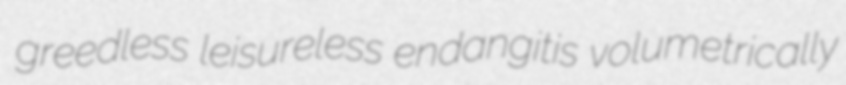
greedless leisureless endangitis volumetrically